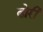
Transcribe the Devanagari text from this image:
ढोरी